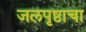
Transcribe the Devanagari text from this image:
जलपृष्ठाचा